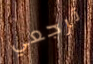
ترجعي